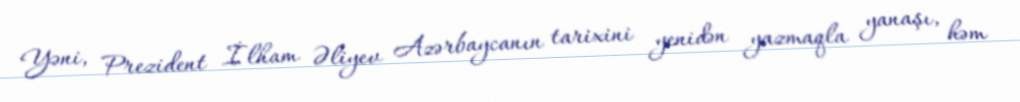
Yəni, Prezident İlham Əliyev Azərbaycanın tarixini yenidən yazmaqla yanaşı, həm